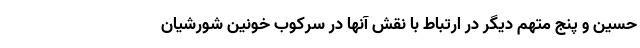
حسین و پنج متهم دیگر در ارتباط با نقش آنها در سرکوب خونین شورشیان